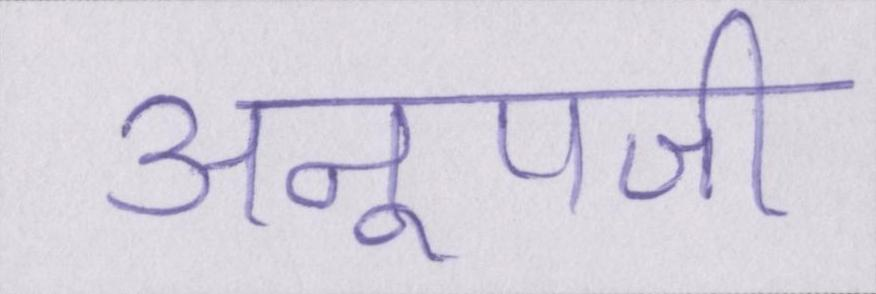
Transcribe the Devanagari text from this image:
अनूपजी